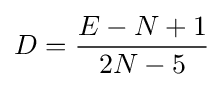
D={\frac {E-N+1}{2N-5}}